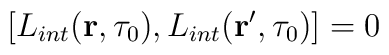
[L_{int}({\bf r},\tau_0),L_{int}({\bf r'},\tau_0)]=0